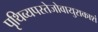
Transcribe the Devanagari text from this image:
पृथिव्यपस्तेजोवायुराकाशं